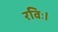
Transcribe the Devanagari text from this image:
रविः।